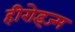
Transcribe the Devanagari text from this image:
हीरोइज्म